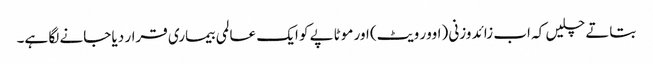
بتاتے چلیں کہ اب زائد وزنی (اوور ویٹ) اور موٹاپے کو ایک عالمی بیماری قرار دیا جانے لگا ہے۔